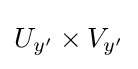
U_{y'}\times V_{y'}